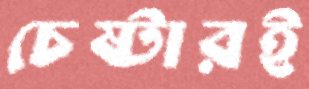
চেষ্টারই